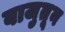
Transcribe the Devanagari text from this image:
बाजुतून